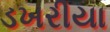
ડખરીયા